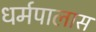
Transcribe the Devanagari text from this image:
धर्मपालास